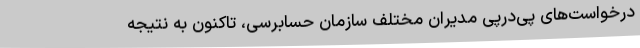
درخواست‌های پی‌درپی مدیران مختلف سازمان حسابرسی، تاکنون به نتیجه